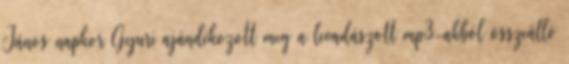
János napkor Gyuri ajándékozott meg a levadászott mp3-akból összeálló